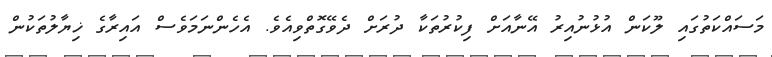
މަސައްކަތުގައި ލޫކަން އުޅުނުއިރު އޭނާއަށް ފިކުރުތަކާ ދުރަށް ދެވޭގޮތްވިއެވެ. އެހެންނަމަވެސް އައިރާގެ ޚިޔާލުތަކުން